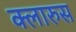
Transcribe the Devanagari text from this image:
क्लारुस